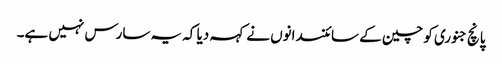
پانچ جنوری کو چین کے سائنسدانوں نے کہہ دیا کہ یہ سارس نہیں ہے۔